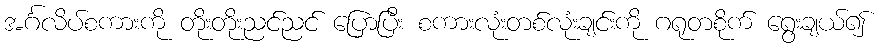
အင်္ဂလိပ်စကားကို တိုးတိုးညင်ညင် ပြောပြီး စကားလုံးတစ်လုံးချင်းကို ဂရုတစိုက် ရွေးချယ်၍